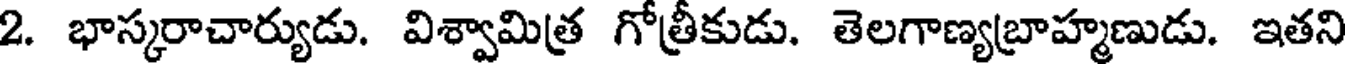
2. భాస్కరాచార్యుడు. విశ్వామిత్ర గోత్రీకుడు. తెలగాణ్యబ్రాహ్మణుడు. ఇతని